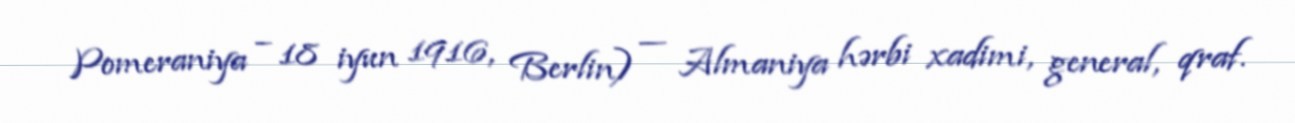
Pomeraniya – 18 iyun 1916, Berlin) — Almaniya hərbi xadimi, general, qraf.